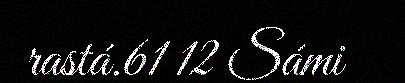
rastá.61 12 Sámi